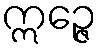
ဣဉ္ဇေ